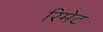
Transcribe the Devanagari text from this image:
रिमेट